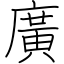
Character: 廣